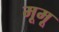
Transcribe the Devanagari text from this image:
मूमू